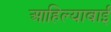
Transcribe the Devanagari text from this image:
आहिल्याबाई